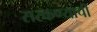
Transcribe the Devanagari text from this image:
सरकण्याची